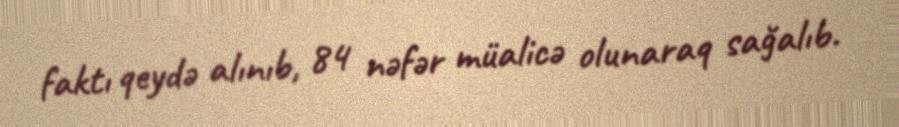
faktı qeydə alınıb, 84 nəfər müalicə olunaraq sağalıb.